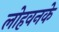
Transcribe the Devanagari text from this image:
लोहवनके